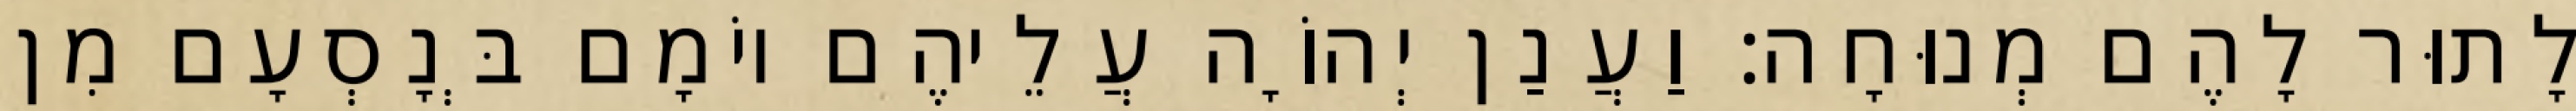
לָתוּר לָהֶם מְנוּחָה׃ וַעֲנַן יְהוָֹה עֲלֵיהֶם יוֹמָם בְּנָסְעָם מִן